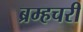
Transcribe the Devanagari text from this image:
ब्रम्हचरी